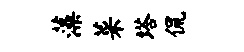
藻菜塔侃